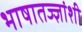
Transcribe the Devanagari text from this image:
भाषातज्ज्ञांशी